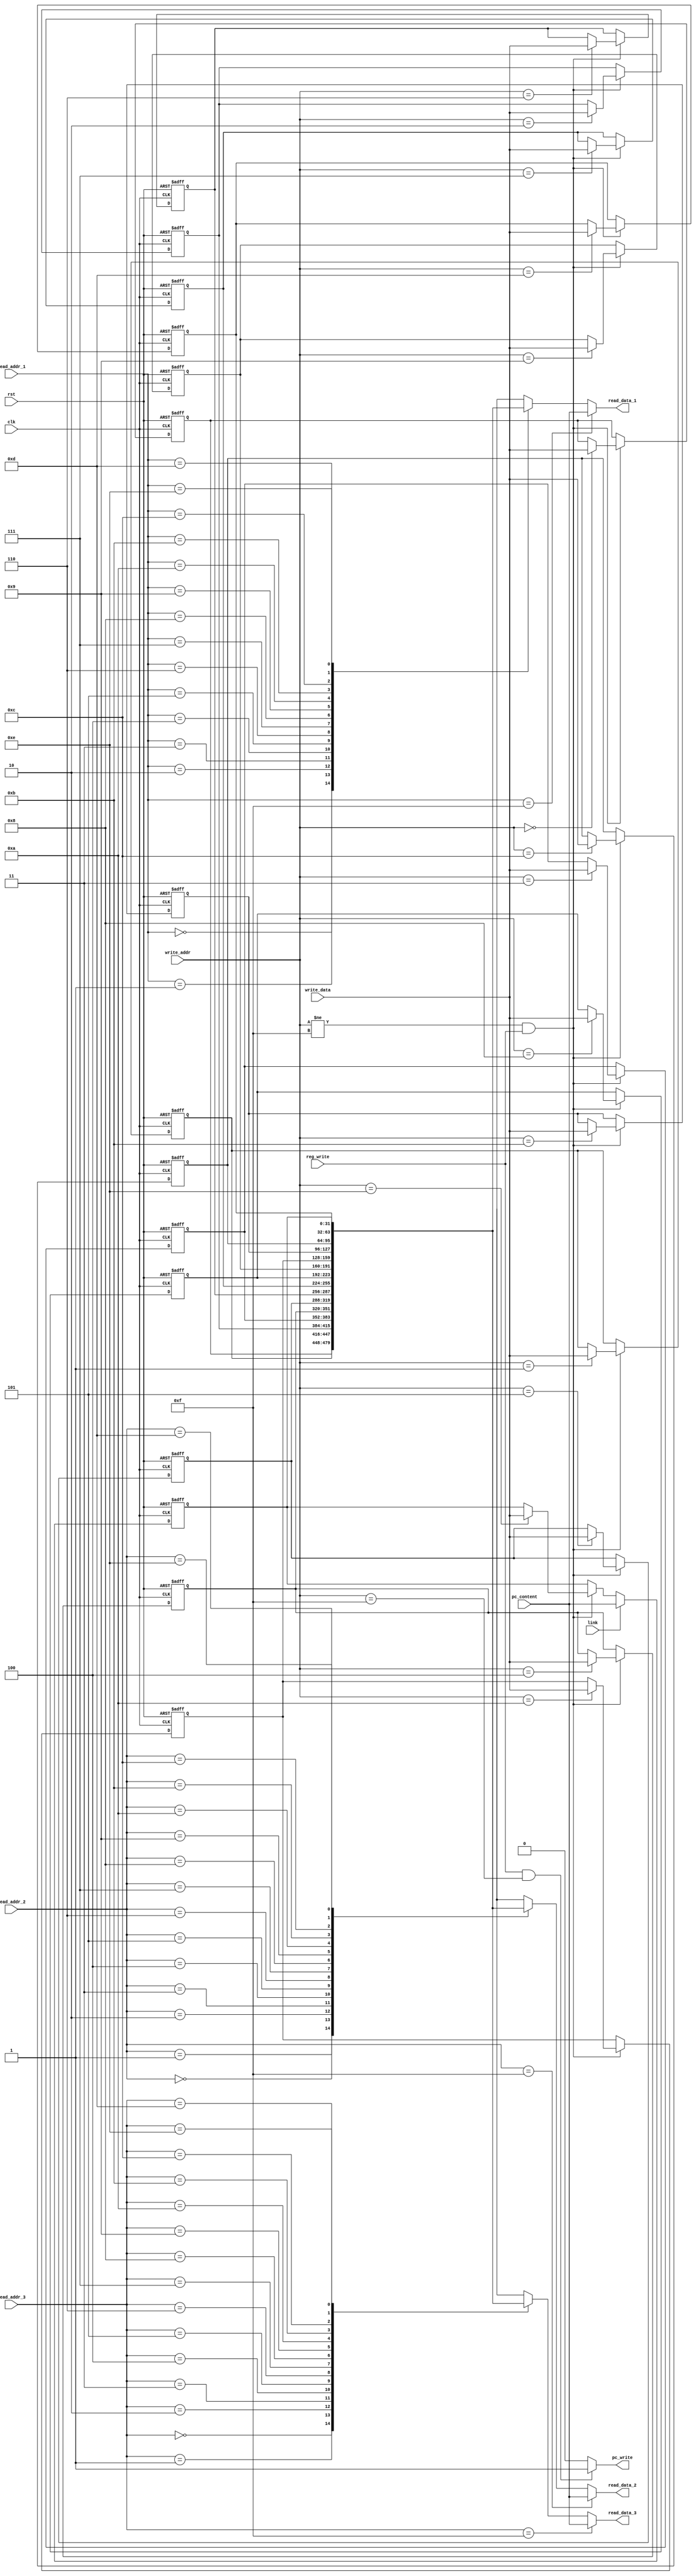
module Reg_file(clk,rst,reg_write,link,read_addr_1,read_addr_2,read_addr_3,write_addr,write_data,pc_content,pc_write,read_data_1,read_data_2,read_data_3);
 input clk,rst,reg_write,link;
 input [3:0] read_addr_1,read_addr_2,read_addr_3,write_addr; 
 input [31:0] write_data,pc_content;
 reg[31:0] mother [14:0];
 output reg pc_write;
 output reg[31:0]read_data_1,read_data_2,read_data_3;
 integer i;

always@(posedge clk or posedge rst)begin 

   if(rst)begin     
		for(i=0;i<15;i=i+1)	  
 			mother[i]<=32'b0;
	end
   else begin
	if(write_addr != 4'd15 && reg_write == 4'd1)
	
	  mother[write_addr] <= write_data;
   
   if(link==1'd1)
	
     mother[14] <= pc_content;

	end
end
 
always@(*)begin
		  
	if(reg_write==4'd1 && write_addr == 4'd15) 
		pc_write = 1;
		  
	else 
		pc_write = 0;
		  
		  

	if(read_addr_1==4'd15) 
		read_data_1=pc_content;
		  
	else 
		read_data_1=mother[read_addr_1];
		  
	if(read_addr_2==4'd15)
		read_data_2=pc_content;
		  
	else 
		read_data_2=mother[read_addr_2];
		  
	if(read_addr_3==4'd15) 
		read_data_3=pc_content;
		  
	else 
		read_data_3=mother[read_addr_3];

		  
		
end
 
endmodule